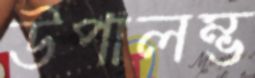
উপালম্ভ